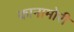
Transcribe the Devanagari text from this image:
कानामोरी